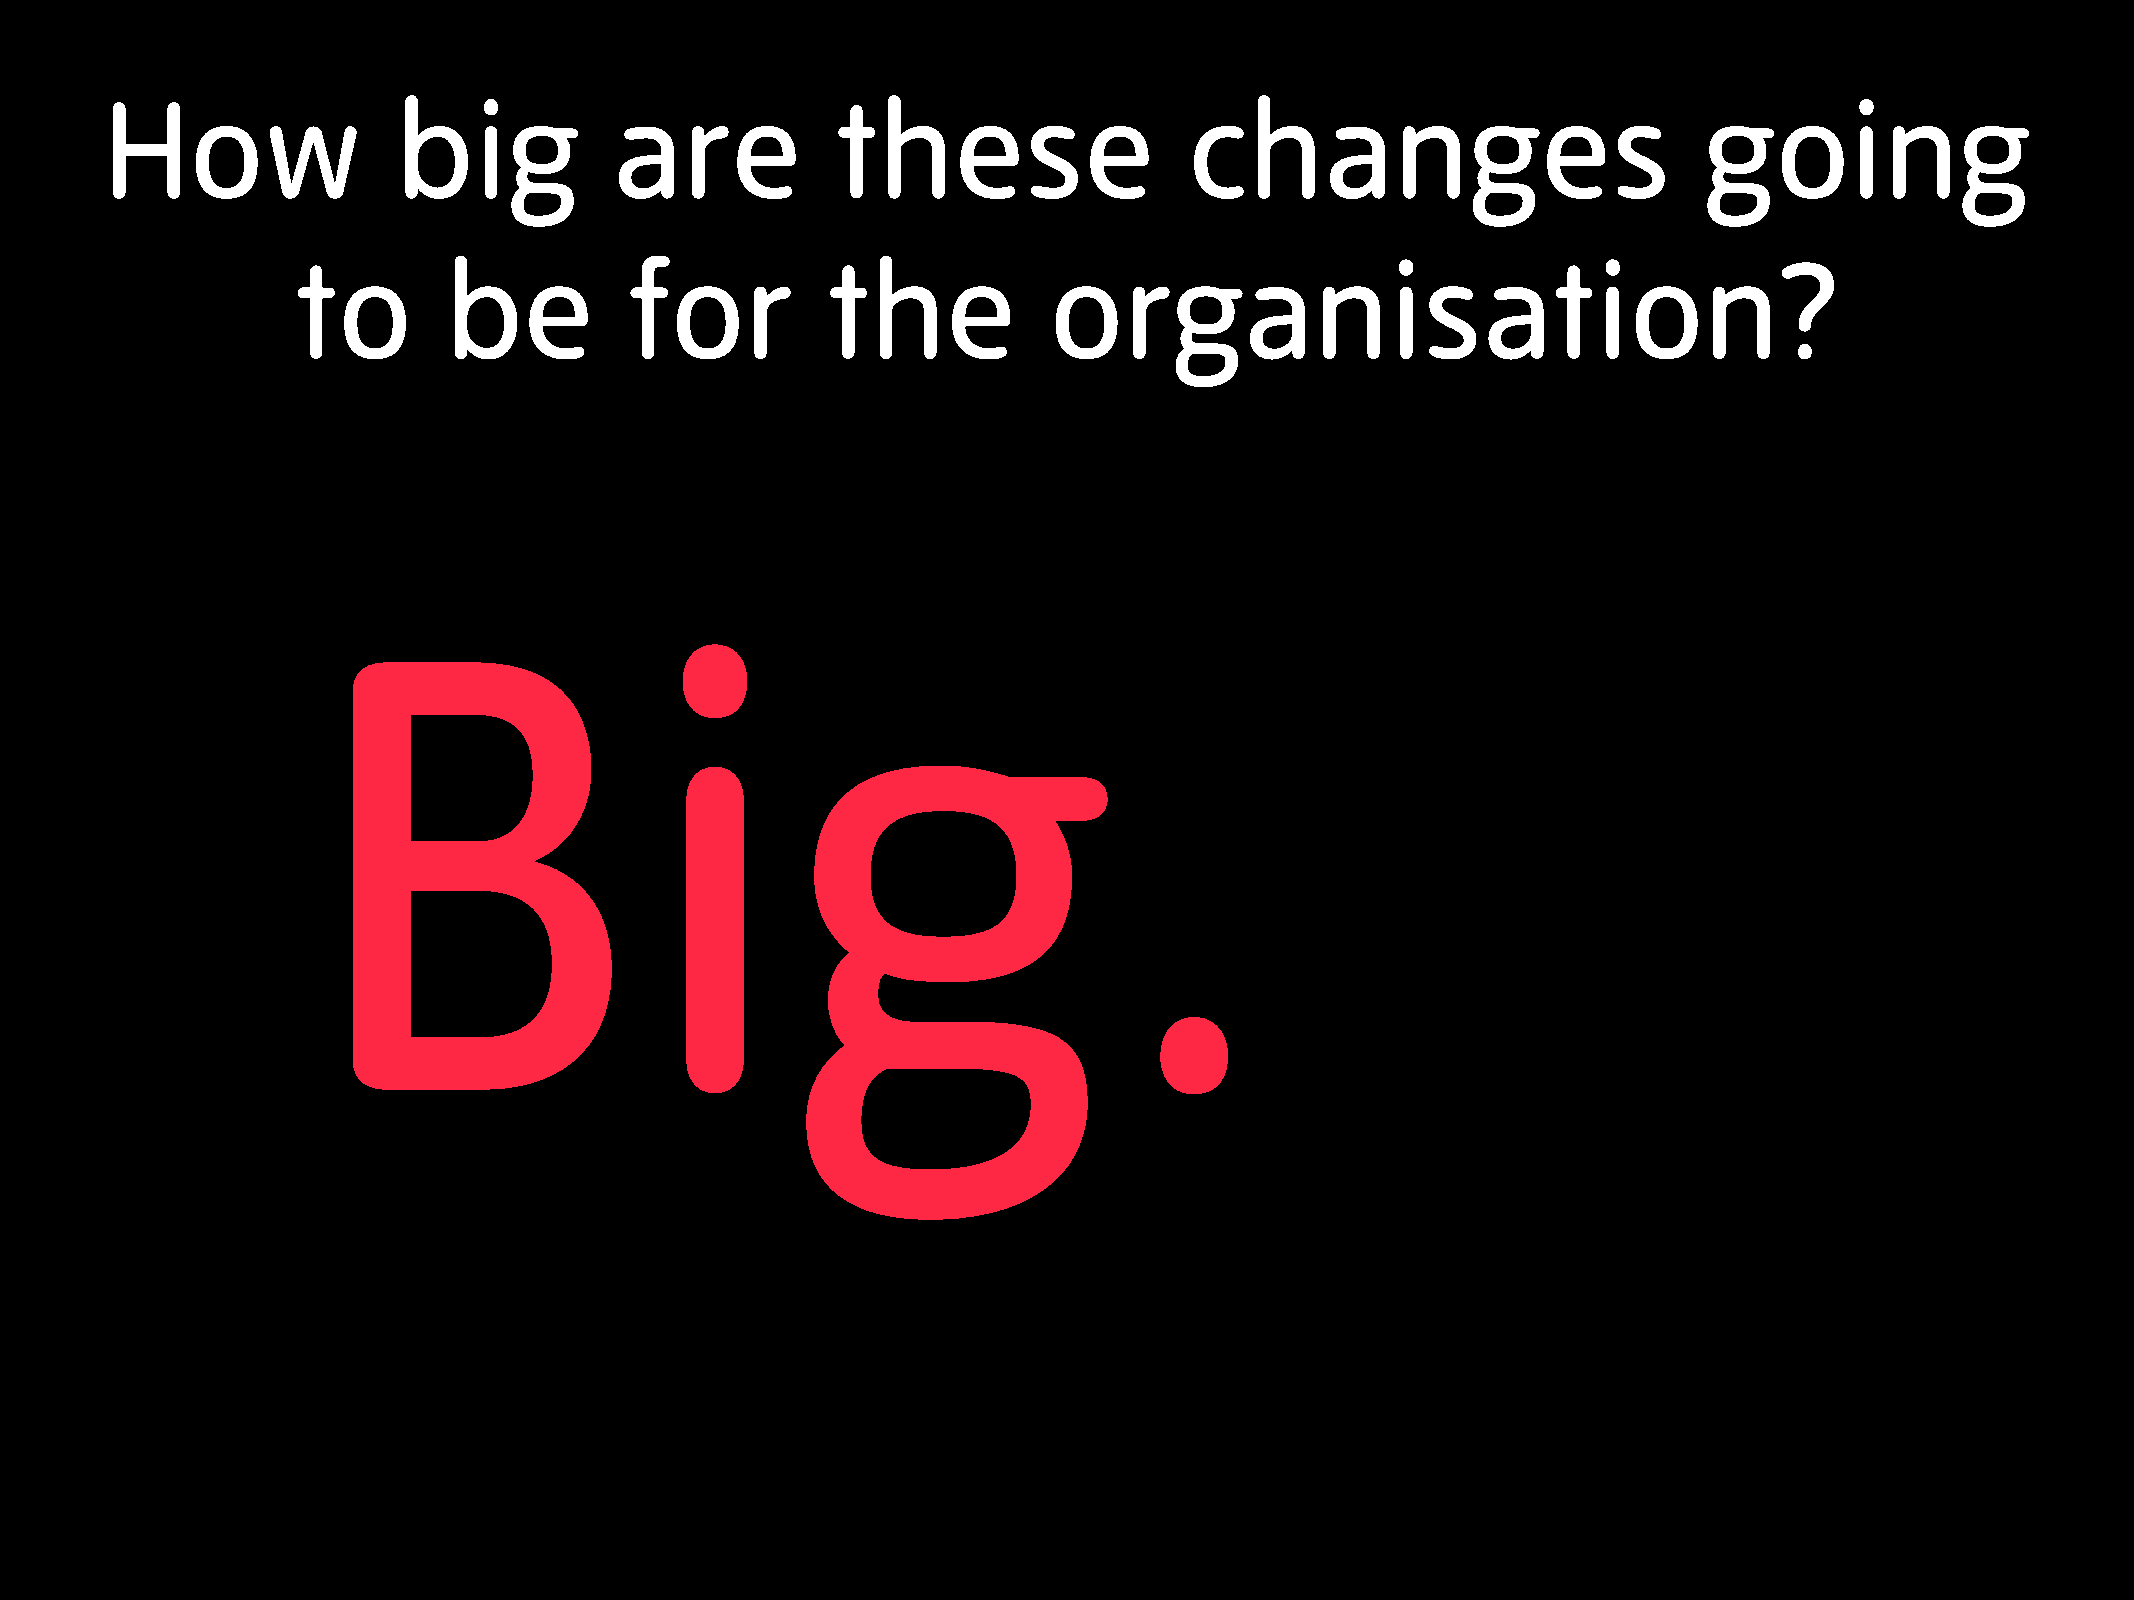
How                big            are           these                   changes                           going
 to        be           for          the           organisation?
 Big.